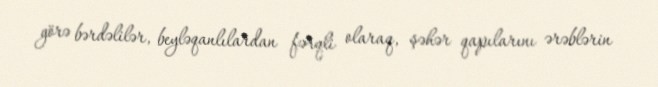
görə bərdəlilər, beyləqanlılardan fərqli olaraq, şəhər qapılarını ərəblərin